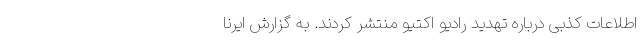
اطلاعات کذبی درباره تهدید رادیو اکتیو منتشر کردند. به گزارش ایرنا